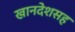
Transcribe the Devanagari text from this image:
खानदेशसह